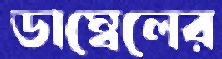
ডাম্বেলের